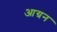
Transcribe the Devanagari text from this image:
आग्रन